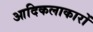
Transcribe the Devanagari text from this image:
आदिकलाकारों